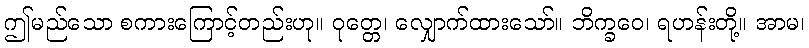
ဤမည်သော စကားကြောင့်တည်းဟု။ ဝုတ္တေ၊ လျှောက်ထားသော်။ ဘိက္ခဝေ၊ ရဟန်းတို့။ အာမ၊